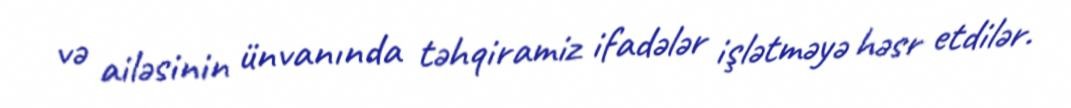
və ailəsinin ünvanında təhqiramiz ifadələr işlətməyə həsr etdilər.